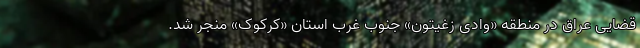
قضایی عراق در منطقه «وادی زغیتون» جنوب غرب استان «کرکوک» منجر شد.